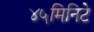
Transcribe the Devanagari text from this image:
४५मिनिटे